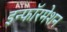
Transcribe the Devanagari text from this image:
इन्फॉरमेशन